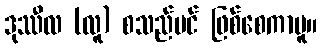
ဒုဿီလ (လူ) စသည်ပင် ဖြစ်စေကာမူ။